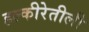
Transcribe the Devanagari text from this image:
हल्‍कीरेतीली